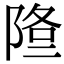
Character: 𨹿